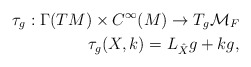
\begin{align*}\tau_g:\Gamma(TM)\times C^\infty(M)\rightarrow T_g{\cal M}_F\\\tau_g(X,k)=L_{\hat X}g+kg,\end{align*}